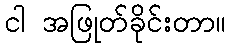
ငါ အဖြုတ်ခိုင်းတာ။